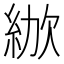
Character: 𣣜